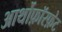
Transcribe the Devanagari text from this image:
आर्थोफ़ॉस्फ़ेट